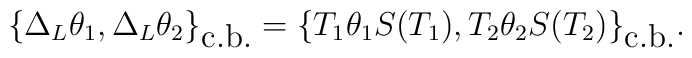
\{\Delta_L\theta_1,\Delta_L \theta_2\}_{\mbox{c.b.}}=\{T_1\theta_1S(T_1),T_2\theta_2S(T_2)\}_{\mbox{c.b.}}.